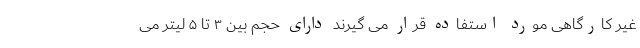
غیر کارگاهی مورد استفاده قرار می گیرند دارای حجم بین ۳ تا ۵ لیتر می